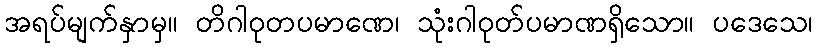
အရပ်မျက်နှာမှ။ တိဂါဝုတပမာဏေ၊ သုံးဂါဝုတ်ပမာဏရှိသော။ ပဒေသေ၊